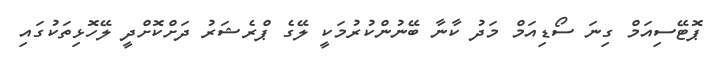
ޕޮޓޭސިއަމް ގިނަ ސޯޑިއަމް މަދު ކާނާ ބޭނުންކުރުމަކީ ލޭގެ ޕްރެޝަރު ދަށްކޮށްދީ ލޭހޮޅިތަކުގައި